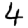
Digit: 4